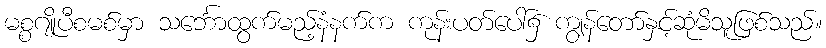
မစ္စဂျိုပီစမစ်မှာ သင်္ဘောထွက်မည့်နံနက်က ကုန်းပတ်ပေါ်၌ ကျွန်တော်နှင့်ဆုံမိသူဖြစ်သည်။